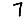
Digit: 7